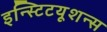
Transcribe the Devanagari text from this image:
इन्स्टिटयूशन्स